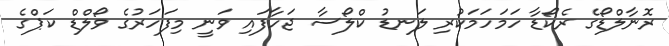
ރޮނާލްޑޯގެ ރެކޯޑާ ހަމަހަމަކުރި ލަނޑު ކްލޯސާ ޖަހާފައި ވަނީ މިފަހަރުގެ ވޯލްޑް ކަޕްގެ